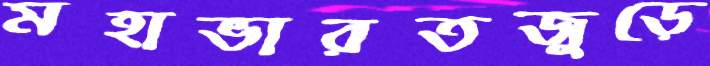
মহাভারতজুড়ে